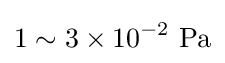
1\sim 3\times 10^{-2}\ {\text{Pa}}